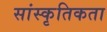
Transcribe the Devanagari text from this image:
सांस्कृतिकता